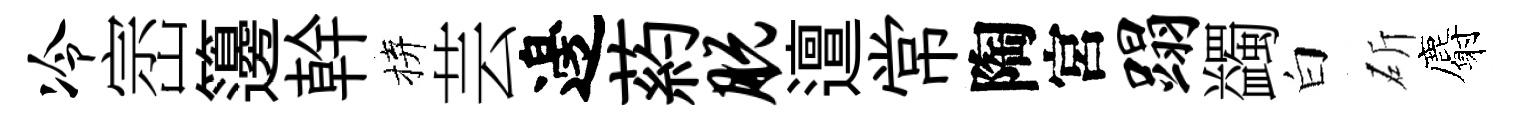
冷崈籩幹拚芸邊葯脱邅常陶宮蹋蠲白斫麝